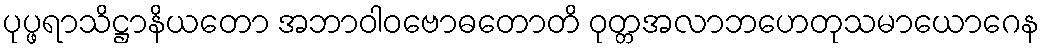
ပုပ္ဖရာသိဋ္ဌာနိယတော အဘာဝါဝဗောဓတောတိ ဝုတ္တအလာဘဟေတုသမာယောဂေန